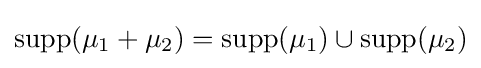
\operatorname {supp} (\mu _{1}+\mu _{2})=\operatorname {supp} (\mu _{1})\cup \operatorname {supp} (\mu _{2})